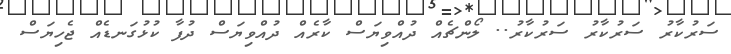
ސަރުކާރު ސަރުކާރު ސަރުކާރު.. ލޯންޗެއް ދުއްވިޔަސް ކާރެއް ދުއްވިޔަސް ދުފާ ކުޅުގަނޑެއް ޖެހިޔަސް